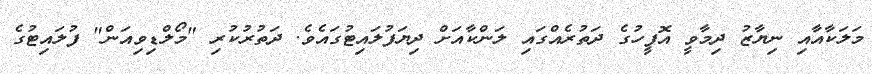
މަލަކާއާއި ނިޔާޒު ދިމާވީ އޮފީހުގެ ދަތުރެއްގައި ލަންކާއަށް ދިޔަފުލައިޓުގައެވެ. ދަތުރުކުރި "މޯލްޑިވިއަން" ފުލައިޓުގެ